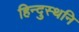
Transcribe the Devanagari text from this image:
हिन्दुस्थनि